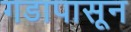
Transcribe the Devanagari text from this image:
गडापासून